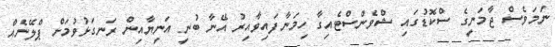
ނަމަވެސް ޖާމަނީގެ ސްކޮޑުގައި ޝްވެންސްޓެއިގާ ހިމަނާފައިވާއިރު އޭނާ ބުނީ އަނިޔާއިން ރަނގަޅުވުމަށް ޕްލޭނެއް